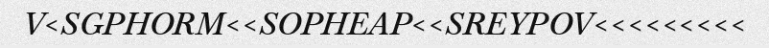
V<SGPHORM<<SOPHEAP<<SREYPOV<<<<<<<<<